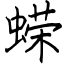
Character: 蝾